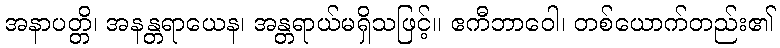
အနာပတ္တိ၊ အနန္တရာယေန၊ အန္တရာယ်မရှိသဖြင့်။ ဧကီဘာဝေါ၊ တစ်ယောက်တည်း၏